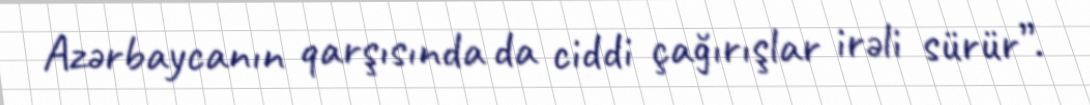
Azərbaycanın qarşısında da ciddi çağırışlar irəli sürür”.